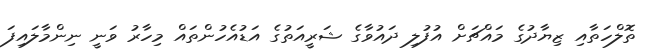
ތޮލްހަތާއި ޒިޔާދުގެ މައްޗަށް އުފުލި ދައުވާގެ ޝަރީއަތުގެ އަޑުއެހުންތައް މިހާރު ވަނީ ނިންމާލައިފަ